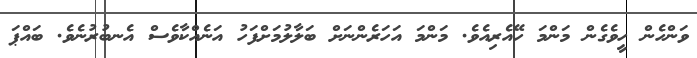
ވަންހެން ހީވެގެން މަންމަ ހޭއެރިއެވެ. މަންމަ އަހަރެންނަށް ބަލާލުމަށްފަހު އަނެއްކާވެސް އެނބުރުނެވެ. ބައްޕަ